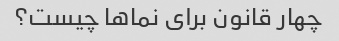
چهار قانون برای نماها چیست؟